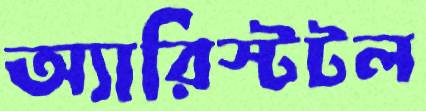
অ্যারিস্টটল